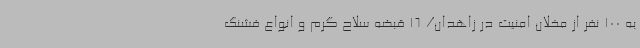
به 100 نفر از مخلان امنیت در زاهدان/ 16 قبضه سلاح گرم و انواع فشنگ